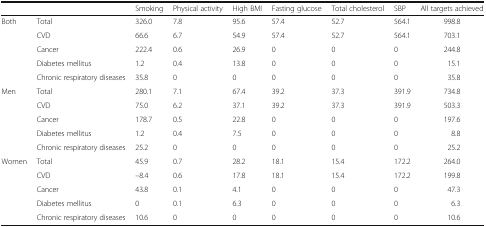
|  |  | Smoking | Physical activity | High BMI | Fasting glucose | Total cholesterol | SBP | All targets achieved |
 | --- | --- | --- | --- | --- | --- | --- | --- | --- |
 | <ROWSPAN=5> Both | Total | 326.0 | 7.8 | 95.6 | 57.4 | 52.7 | 564.1 | 998.8 |
 | CVD | 66.6 | 6.7 | 54.9 | 57.4 | 52.7 | 564.1 | 703.1 |
 | Cancer | 222.4 | 0.6 | 26.9 | 0 | 0 | 0 | 244.8 |
 | Diabetes mellitus | 1.2 | 0.4 | 13.8 | 0 | 0 | 0 | 15.1 |
 | Chronic respiratory diseases | 35.8 | 0 | 0 | 0 | 0 | 0 | 35.8 |
 | <ROWSPAN=5> Men | Total | 280.1 | 7.1 | 67.4 | 39.2 | 37.3 | 391.9 | 734.8 |
 | CVD | 75.0 | 6.2 | 37.1 | 39.2 | 37.3 | 391.9 | 503.3 |
 | Cancer | 178.7 | 0.5 | 22.8 | 0 | 0 | 0 | 197.6 |
 | Diabetes mellitus | 1.2 | 0.4 | 7.5 | 0 | 0 | 0 | 8.8 |
 | Chronic respiratory diseases | 25.2 | 0 | 0 | 0 | 0 | 0 | 25.2 |
 | <ROWSPAN=5> Women | Total | 45.9 | 0.7 | 28.2 | 18.1 | 15.4 | 172.2 | 264.0 |
 | CVD | –8.4 | 0.6 | 17.8 | 18.1 | 15.4 | 172.2 | 199.8 |
 | Cancer | 43.8 | 0.1 | 4.1 | 0 | 0 | 0 | 47.3 |
 | Diabetes mellitus | 0 | 0.1 | 6.3 | 0 | 0 | 0 | 6.3 |
 | Chronic respiratory diseases | 10.6 | 0 | 0 | 0 | 0 | 0 | 10.6 |